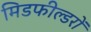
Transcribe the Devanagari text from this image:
मिडफील्डरों